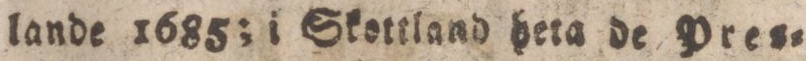
lande 1685; i Skottland heta de Pres=